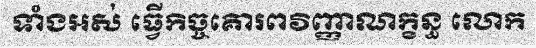
ទាំងអស់ ធ្វើកិច្ចគោរពវិញ្ញាណក្ខន្ធ លោក